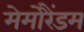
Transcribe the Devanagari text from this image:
मेमोरैंडम